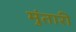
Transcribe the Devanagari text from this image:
मुंतारी